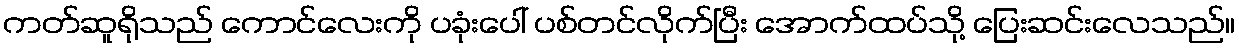
ကတ်ဆူရိုသည် ကောင်လေးကို ပခုံးပေါ် ပစ်တင်လိုက်ပြီး အောက်ထပ်သို့ ပြေးဆင်းလေသည်။